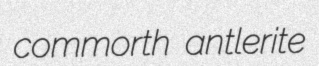
commorth antlerite